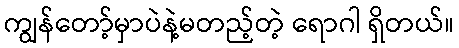
ကျွန်တော့်မှာပဲနဲ့မတည့်တဲ့ ရောဂါ ရှိတယ်။